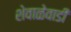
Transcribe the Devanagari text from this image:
शेवाळेवाडी